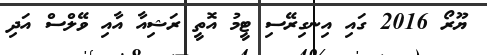
ޔޫރޯ 2016 ގައި އިނގިރޭސި ޓީމު އޮތީ ރަޝިއާ އާއި ވޭލްސް އަދި